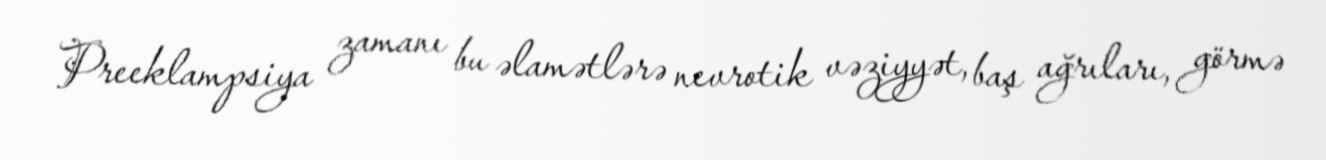
Preeklampsiya zamanı bu əlamətlərə nevrotik vəziyyət, baş ağrıları, görmə